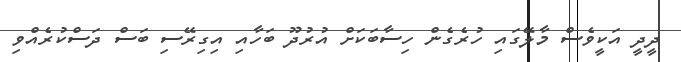
ދީދީ އަކީވެސް މާލޭގައި ހުރެގެން ހިސާބަކަށް އުރުދޫ ބަހާއި އިގިރޭސި ބަސް ދަސްކުރެއްވި